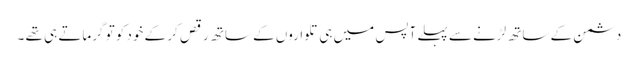
دشمن کے ساتھ لڑنے سے پہلے آپس میں ہی تلواروں کے ساتھ رقص کر کے خود کو تو گرماتے ہی تھے ۔